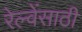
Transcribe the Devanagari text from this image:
रेल्वेंसाठी